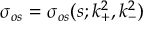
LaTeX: \sigma _ { o s } = \sigma _ { o s } ( s ; k _ { + } ^ { 2 } , k _ { - } ^ { 2 } ) \,